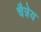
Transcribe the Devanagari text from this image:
चैत्रेय